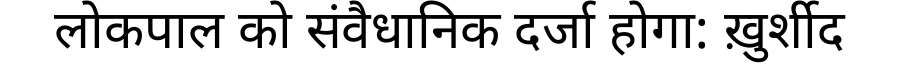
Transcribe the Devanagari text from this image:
लोकपाल को संवैधानिक दर्जा होगा: ख़ुर्शीद